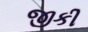
જીકી